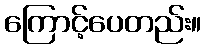
ကြောင့်ပေတည်း။